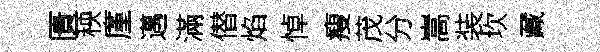
匱秧廑邁滿僣焰悼瘦茂分嵩装坎藏